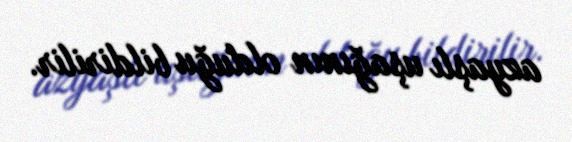
azyaşlı uşağının olduğu bildirilir.